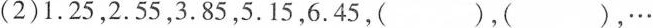
(2)1.25，2.55，3.85，5.15，6.45，( )，( )，…